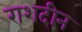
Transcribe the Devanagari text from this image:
राशदीन